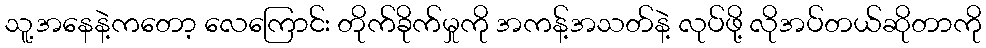
သူ့အနေနဲ့ကတော့ လေကြောင်း တိုက်ခိုက်မှုကို အကန့်အသတ်နဲ့ လုပ်ဖို့ လိုအပ်တယ်ဆိုတာကို